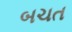
બચત